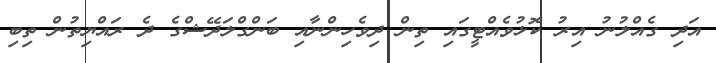
އަދި ގެއްލުނު އިރު ކޮޅުވެއްޓީގައި ތިން ދިވެހިންނާއި ބަންގްލަދޭޝްގެ ދެ ރައްޔިތުން ތިބި